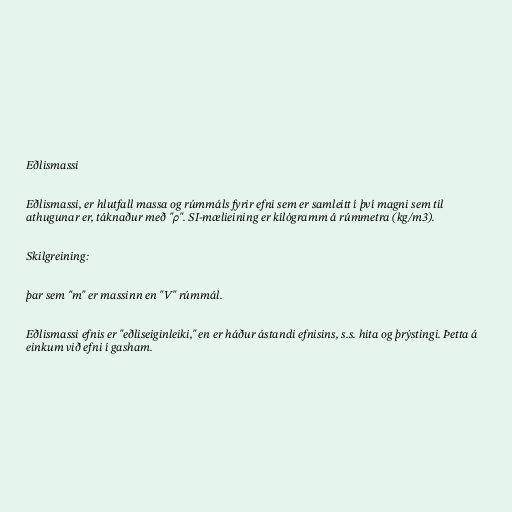
Eðlismassi

Eðlismassi, er hlutfall massa og rúmmáls fyrir efni sem er samleitt í því magni sem til
athugunar er, táknaður með "ρ". SI-mælieining er kílógramm á rúmmetra (kg/m3).

Skilgreining:

þar sem "m" er massinn en "V" rúmmál.

Eðlismassi efnis er "eðliseiginleiki," en er háður ástandi efnisins, s.s. hita og þrýstingi. Þetta á
einkum við efni í gasham.